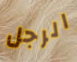
الرجل